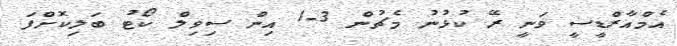
އެމްއާރްޑީސީ ވަނީ ރޭ ކުޅުނު މެޗުން 3-1 އިން ސިވިލް ކޯޓު ބަލިކޮށްފަ